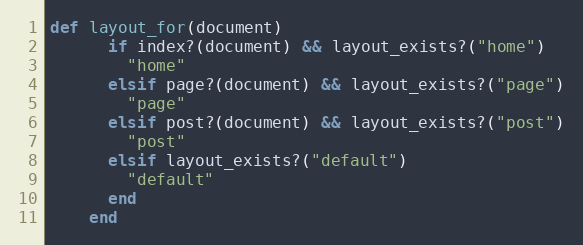
Language: Ruby
def layout_for(document)
      if index?(document) && layout_exists?("home")
        "home"
      elsif page?(document) && layout_exists?("page")
        "page"
      elsif post?(document) && layout_exists?("post")
        "post"
      elsif layout_exists?("default")
        "default"
      end
    end